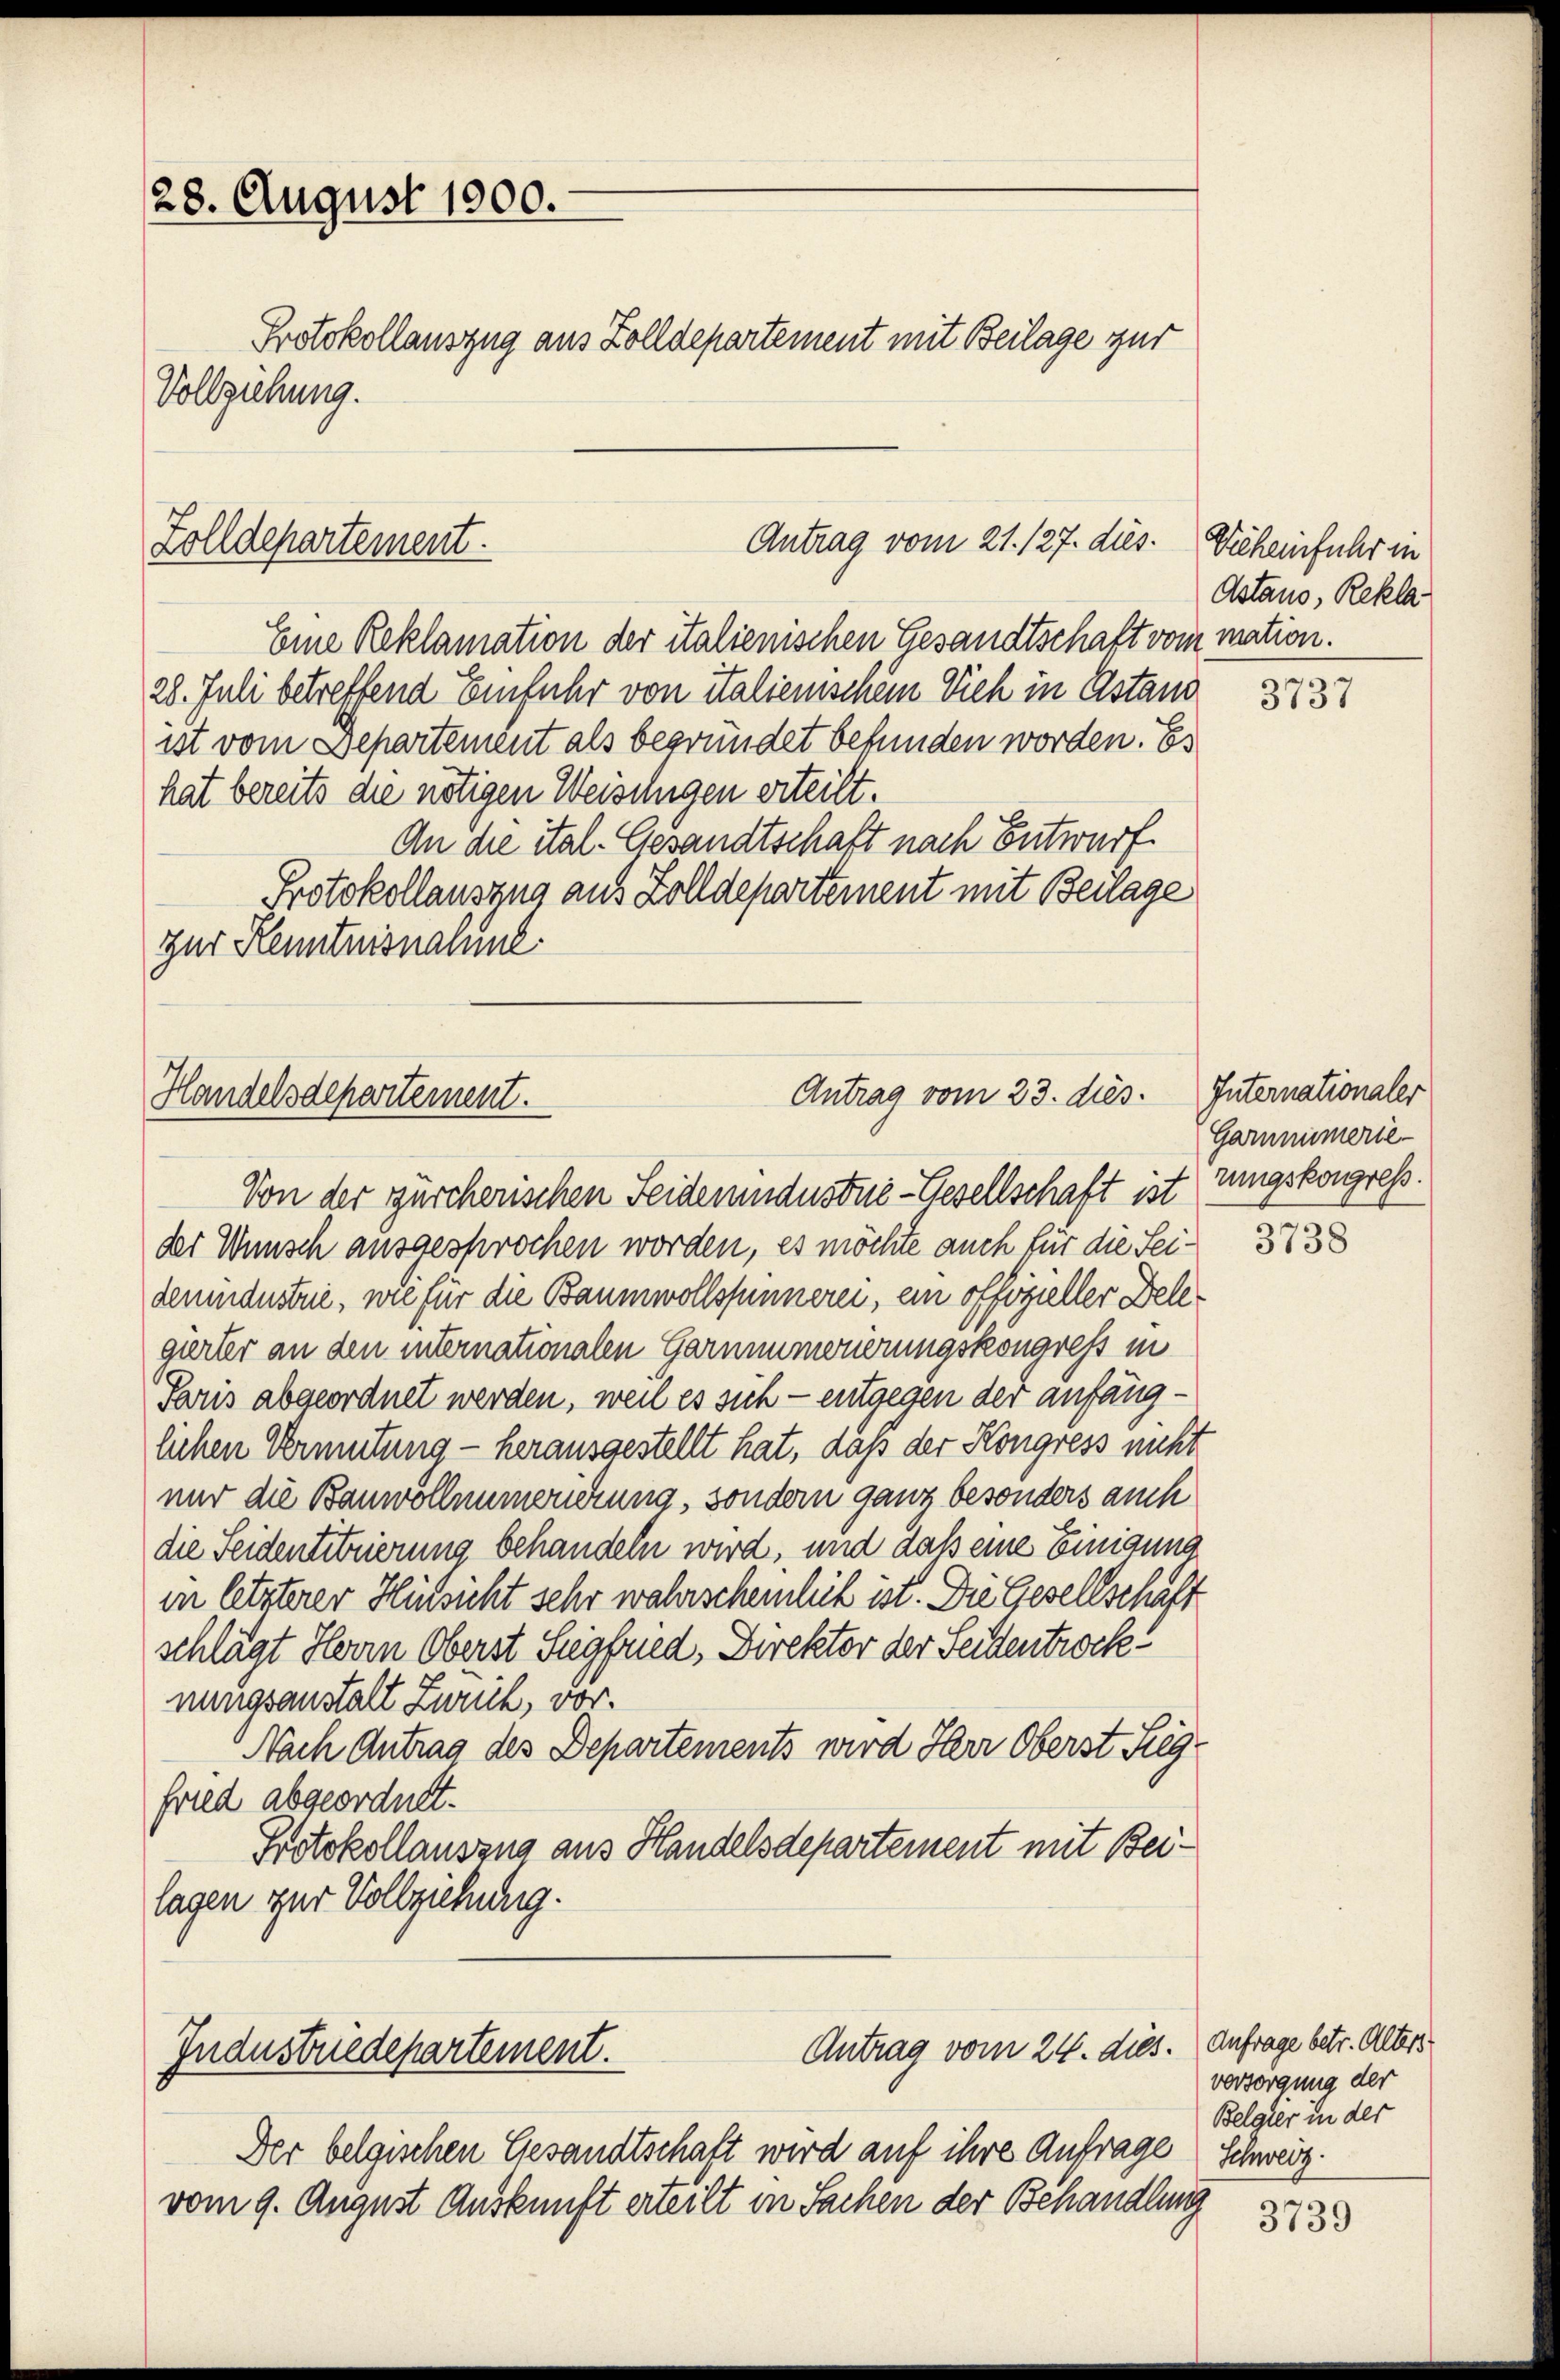
28. August 1900.
Protokollauszug aus Zolldepartement mit Beilage zur
Vollziehung.

Zolldepartement.

Eine Reklamation der italienischen Gesandtschaft vom mation.
28. Juli betreffend Einfuhr von italienischen Vieh in Astand
ist vom Separtement als begründet befunden worden. Es
hat bereits die nötigen Weiselngen erteilt.
An die ital. Gesandtschaft nach Entwurf
Protokollauszug aus Zolldepartement mit Beilage
zur Kenntnisnahme.

Handelsdepartement.

der Wunsch ausgesprochen worden, es möchte auch für die Seidemundustrie, wie für die Baumwollspinnerei, ein offizieller Delegierter an den internationalen Garnimmerierungskongress in
Paris abgeordnet werden, weil es sich - entgegen der anfänglichen Vermutung - herausgestellt hat, daß der Kongress nicht
nur die Banwollnumerichtung, sondern ganz besonders auch
die Seidentituierung behandeln wird, und daß eine Einigung
in letzterer Hinsicht sehr wahrscheinlich ist. Die Gesellschaft
schlägt Herrn Oberst Siegfried, Direktor der Seitentrocknungsanstalt Zürich, vor.
Nach Antrag des Departements wird Herr Oberst Sieg-
fried abgeordnet.
Protokollauszug aus Handelsdepartement mit Beilagen zur Vollziehung.

Industredepartement.

Antrag vom 21. 127. dies. Wicheinfuhr in

Antrag vom 23. dies.
Von der zürcherischen Seidemundustué-Gesellschaft ist zungskongress

Der belgischen Gesandtschaft wird auf ihre Anfrage
vom 9. August Auskunft erteilt in Sachen der Behandlung

Antrag vom 24. dies.

Astano, Rekla

3737

Internationaler
Garmimmerie-

3738

Anfrage betr. Alters
versorgung der
Belgier in der
Schweiz.

3739